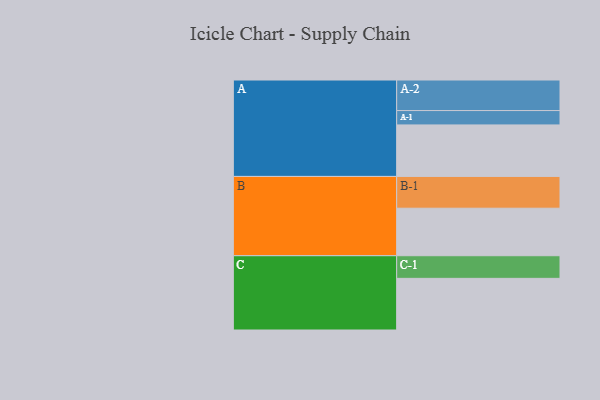
{"axis": {"x": "Segment", "y": "Value"}, "legend": ["", "A", "B", "C"], "data": [{"x": "A", "y": 337, "type": ""}, {"x": "B", "y": 311, "type": ""}, {"x": "C", "y": 338, "type": ""}, {"x": "A-1", "y": 94, "type": "A"}, {"x": "A-2", "y": 200, "type": "A"}, {"x": "B-1", "y": 208, "type": "B"}, {"x": "C-1", "y": 148, "type": "C"}]}